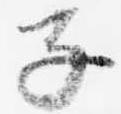
子